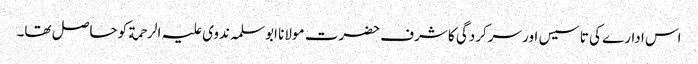
اس ادارے کی تاسیس اور سرکردگی کا شرف حضرت مولانا ابوسلمہ ندوی علیہ الرحمة کو حاصل تھا۔